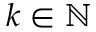
k \in \mathbb N